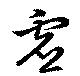
虚